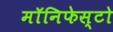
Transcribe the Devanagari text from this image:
मॉनिफेस्टो